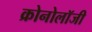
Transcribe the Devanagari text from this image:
क्रोनोलॉजी